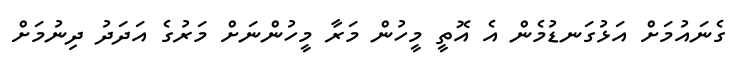
ގެނައުމަށް އަޅުގަނޑުމެން އެ އޮތީ މީހުން މަރާ މީހުންނަށް މަރުގެ އަދަދު ދިނުމަށް